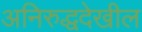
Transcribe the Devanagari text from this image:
अनिरुद्धदेखील